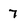
Character: 7